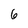
Character: 6